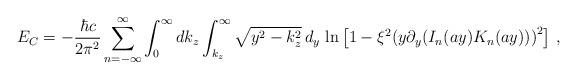
LaTeX: \begin{align*}E_C=-\frac{\hbar c}{2\pi^2}\sum_{n=-\infty}^{\infty}\int_0^\infty dk_z\int_{k_z}^\infty \sqrt{y^2-k_z^2}\,d_y\,\ln\left[ 1-{{\xi}^2}{{(y{{\partial }_y}({I_n}(a y){{{K}}_n}(a y)))}^2}\right]\, ,\end{align*}